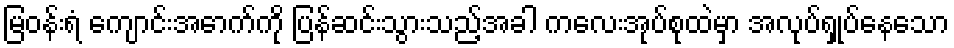
မြဝန်းရံ ကျောင်းအောက်ကို ပြန်ဆင်းသွားသည့်အခါ ကလေးအုပ်စုထဲမှာ အလုပ်ရှုပ်နေသော